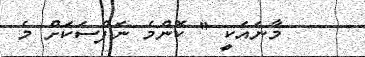
މާނައަކީ '' ކޮންމެ ނަފްސަކަށް މެ